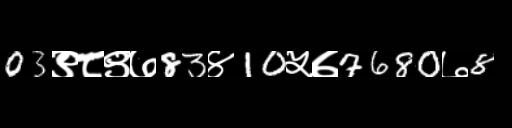
Text: 03९८९७83४10५७7680७8